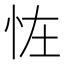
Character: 𢘪